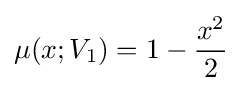
\mu (x;V_{1})=1-{\frac {x^{2}}{2}}